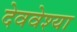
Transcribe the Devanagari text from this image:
देववेश्या